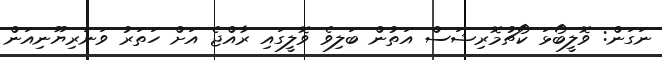
ނަގަން: ވޮލީބޯޅަ ކޯޗުމޮރިޝަސް އަތުން ބަލިވެ ވޮލީގައި ރާއްޖެ އަށް ހަތަރު ވަނަރިޔޫނިއަން